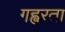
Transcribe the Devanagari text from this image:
गह्वरता